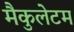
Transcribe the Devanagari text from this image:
मैकुलेटम